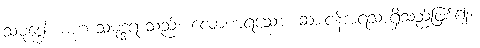
သမုဒ္ဒေါ၊ မဟာသမုဒ္ဒရာသည်။ လောဏရသော၊ ဆားငန်အရသာရှိသည်ဖြစ်၍။